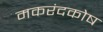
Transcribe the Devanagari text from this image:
मकरंदकोष